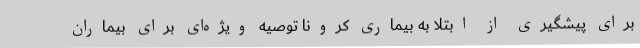
برای پیشگیری از ابتلا به بیماری کرونا توصیه ویژه‌ای برای بیماران